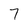
Character: 7